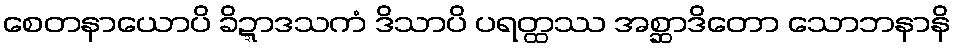
စေတနာယောပိ ခိဍ္ဍာဒသကံ ဒိသာပိ ပရတ္ထဿ အစ္ဆာဒိတော သောဘနာနိ